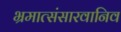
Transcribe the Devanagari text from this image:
भ्रमात्संसारवानिव